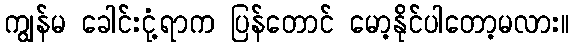
ကျွန်မ ခေါင်းငုံ့ရာက ပြန်တောင် မော့နိုင်ပါတော့မလား။